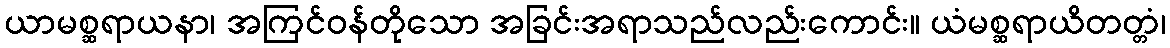
ယာမစ္ဆရာယနာ၊ အကြင်ဝန်တိုသော အခြင်းအရာသည်လည်းကောင်း။ ယံမစ္ဆရာယိတတ္တံ၊